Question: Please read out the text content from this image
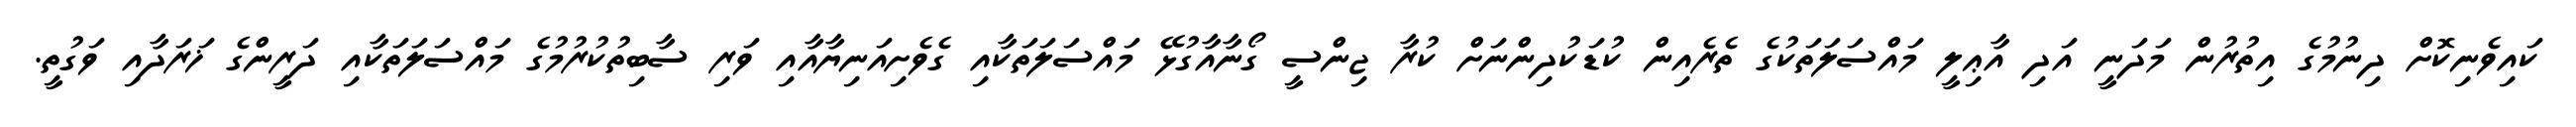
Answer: ކައިވެނިކޮށް ދިނުމުގެ އިތުރުން މަދަނީ އަދި އާޢިލީ މައްސަލަތަކުގެ ތެރެއިން ކުޑަކުދިންނަށް ކުރާ ޖިންސީ ގޯނާއާގުޅޭ މައްސަލަތަކާއި ގެވެށިއަނިޔާއާއި ވަރި ސާބިތުކުރުމުގެ މައްސަލަތަކާއި ދަރީންގެ ޚަރަދާއި ވަގުތީ.